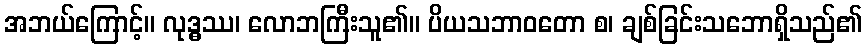
အဘယ်ကြောင့်။ လုဒ္ဓဿ၊ လောဘကြီးသူ၏။ ပိယသဘာဝတော စ၊ ချစ်ခြင်းသဘောရှိသည်၏